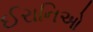
ઈરાનિઓ